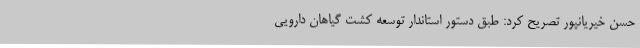
حسن خیریانپور تصریح کرد: طبق دستور استاندار توسعه کشت گیاهان دارویی